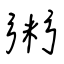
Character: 粥